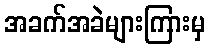
အခက်အခဲများကြားမှ